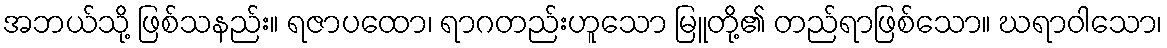
အဘယ်သို့ ဖြစ်သနည်း။ ရဇာပထော၊ ရာဂတည်းဟူသော မြူတို့၏ တည်ရာဖြစ်သော။ ဃရာဝါသော၊